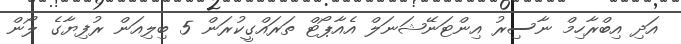
އަދި އިބްރާހިމް ނާސިރު އިންޓަނޭޝަނަލް އެއާޕޯޓް ތަރައްގީކުރަން 5 ބިލިއަން ރުފިޔާގެ ލޯން